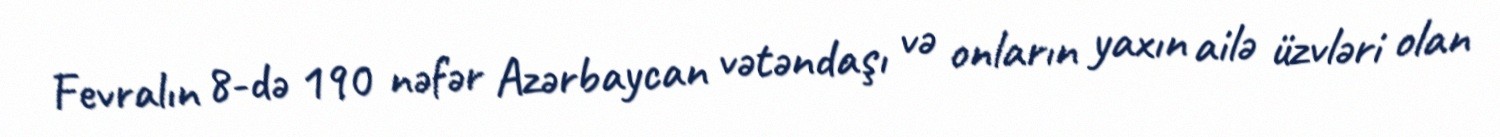
Fevralın 8-də 190 nəfər Azərbaycan vətəndaşı və onların yaxın ailə üzvləri olan